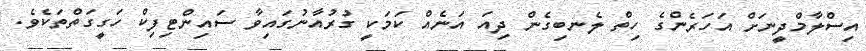
އިސްލާމްދީނަށް އަހަރެންގެ ހިތް ލެނބިގެން ދިއަ އަނެއް ކަމަކީ ގުރުއާނުގައިވާ ސައިންޓިފިކް ހަގީގަތްތަކެވެ.